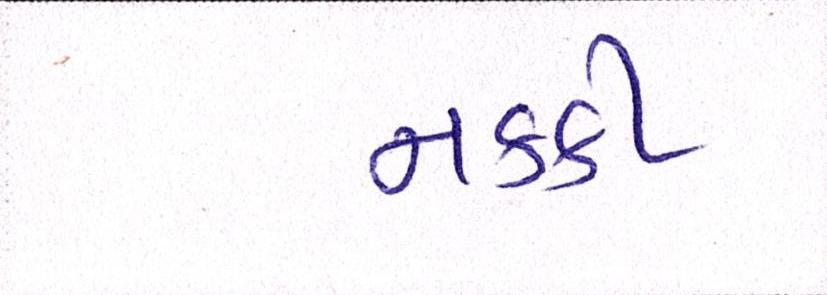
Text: નકકી